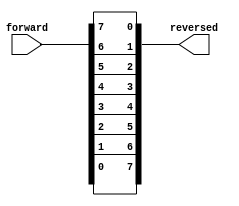
/***********************************************
Module Name:   reverse_bits_concatenation
Feature:       Reverse the bits of input with concatenation operation
Coder:         Garfield
Organization:  XXXX Group, Department of Architecture
------------------------------------------------------
Input ports:   Forward, 8 bits, operent
Output Ports:  Reversed, 8 bits, set as the reversed bits of input
------------------------------------------------------
History:
12-11-2015: First Version by Garfield
12-11-2015: First verified by Reversed_Bits_test
***********************************************/

module reverse_bits_concatenation
  ( 
    input[7:0] forward,
    output[7:0] reversed 
  );
  
//Load other module(s)

//Definition for Variables in the module

//Logical
assign reversed = {forward[0], forward[1],forward[2], forward[3],
                   forward[4], forward[5],forward[6], forward[7] 
						 };

endmodule